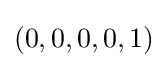
(0,0,0,0,1)